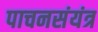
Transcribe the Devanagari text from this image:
पाचनसंयंत्र